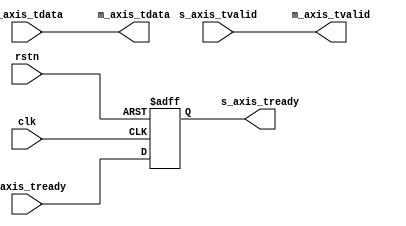
`timescale 1ns / 1ps

module interface_if #
(
    // Parameters of Axi Master Bus Interface M00_AXIS
    parameter integer C_M_AXIS_TDATA_WIDTH    = 32,
    // Parameters of Axi Slave Bus Interface S00_AXIS
    parameter integer C_S_AXIS_TDATA_WIDTH    = 32
)
(
    //gobal
     input wire clk,
     input wire rstn,
    // Ports of Axi Master Bus Interface M_AXIS
    output wire  m_axis_tvalid,
    output wire [C_M_AXIS_TDATA_WIDTH-1 : 0] m_axis_tdata,
    input wire  m_axis_tready,
    // Ports of Axi Slave Bus Interface S_AXIS,
    output reg  s_axis_tready,
    input wire [C_S_AXIS_TDATA_WIDTH-1 : 0] s_axis_tdata,
    input wire  s_axis_tvalid
);

always@(posedge clk or negedge rstn)
begin
    if(!rstn)
        s_axis_tready <= 'b0;
    else
        s_axis_tready <= m_axis_tready;
end


assign m_axis_tdata = s_axis_tdata;
assign m_axis_tvalid = s_axis_tvalid;


endmodule